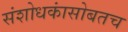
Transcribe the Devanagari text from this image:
संशोधकांसोबतच